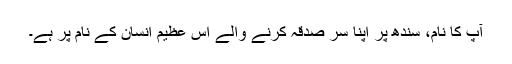
آپ کا نام، سندھ پر اپنا سر صدقہ کرنے والے اس عظیم انسان کے نام پر ہے۔